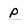
Character: p